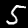
Label: 5